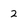
Character: 2